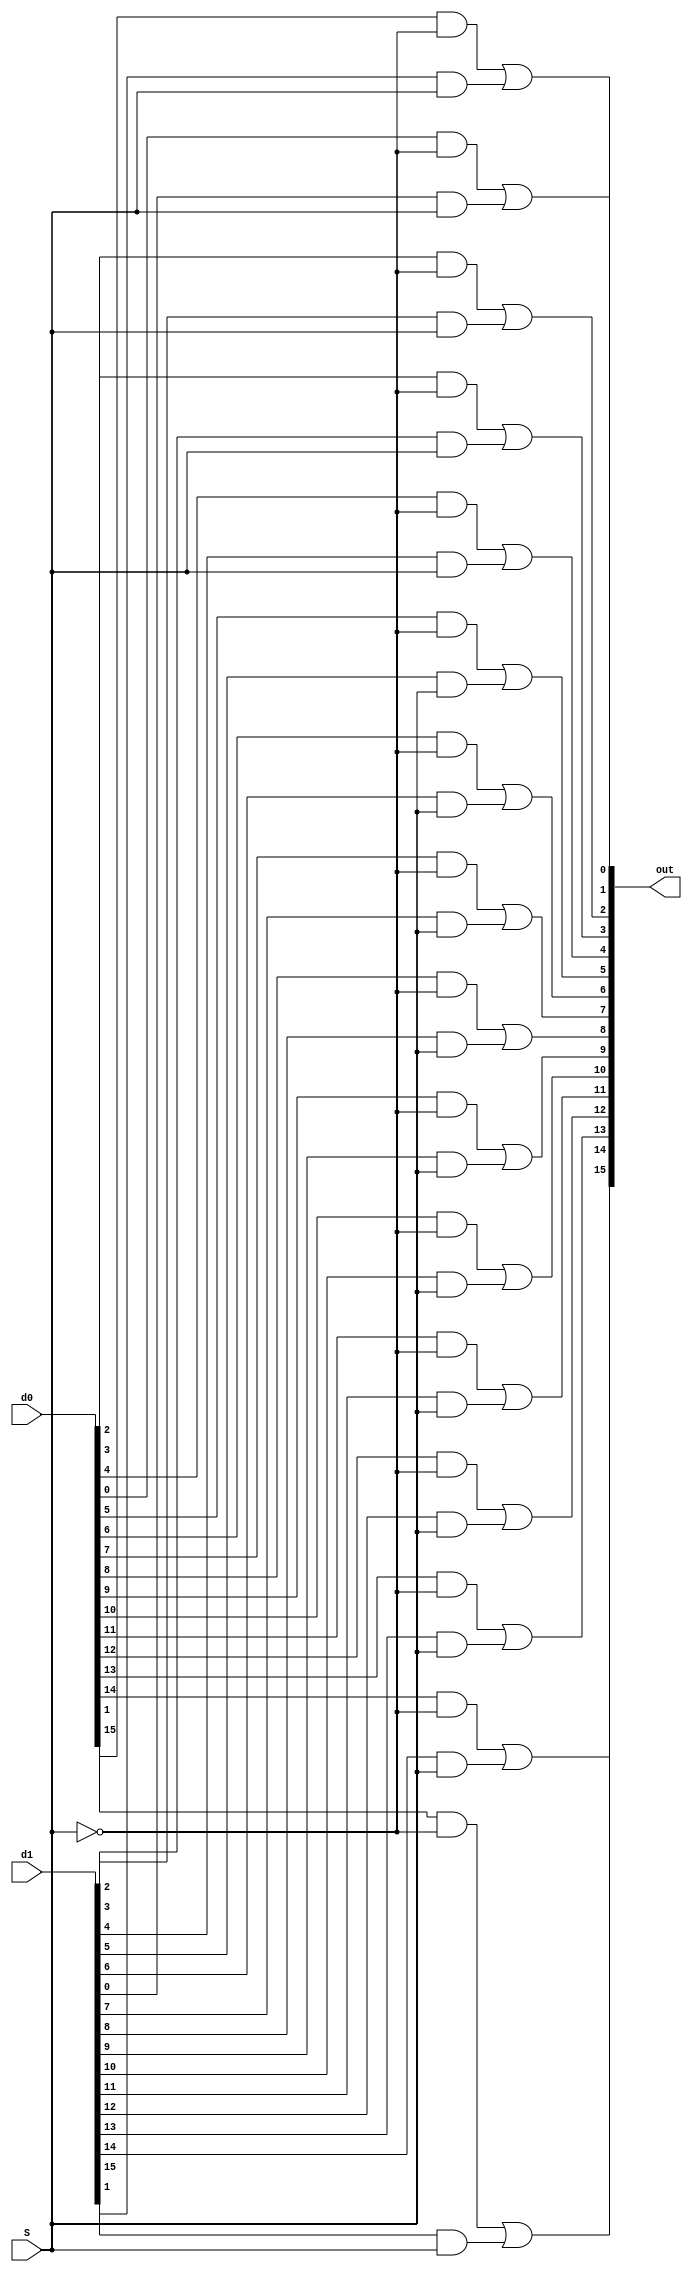
module _2x1_mux(d0, d1, S, out);

	//default value 16, can change
	parameter WIDTH = 16;

	input [WIDTH - 1:0] d0;
	input [WIDTH - 1:0] d1;
	input 				  S;
	output [WIDTH - 1:0] out;

	wire [WIDTH - 1:0] w1, w2;

	generate
		genvar i;
		for(i=0; i<WIDTH; i = i+1)
		begin: mux0
			and g0(w1[i], d0[i], ~S);
			and g1(w2[i], d1[i], S);
			or g2(out[i], w1[i], w2[i]);
		end
	endgenerate
	
	//assign out = S ? d1 : d0;

endmodule